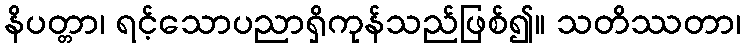
နိပတ္တာ၊ ရင့်သောပညာရှိကုန်သည်ဖြစ်၍။ သတိဿတာ၊